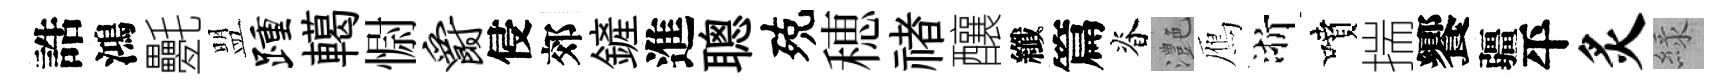
誥鴻氎盟踵轕𢠢爵侵郊鏟進聰殑穂禇釀纖篇脊灔鴈浙噴揣饗疆平炙緑